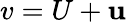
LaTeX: v=U+\mathbf{u}